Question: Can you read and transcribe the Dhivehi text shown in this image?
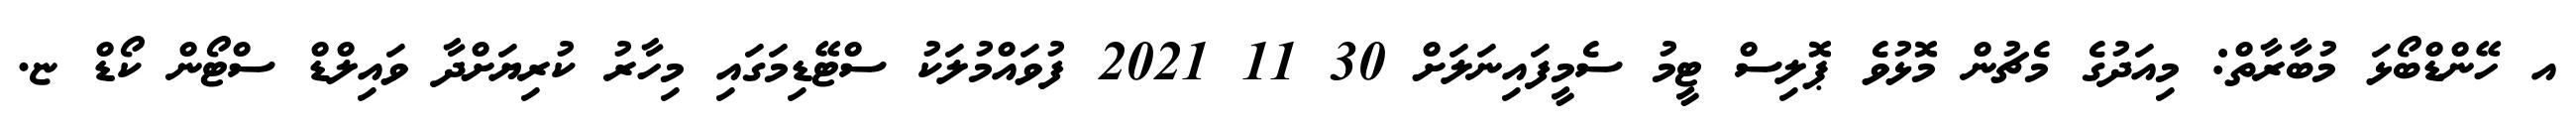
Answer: އ ހޭންޑްބޯޅަ މުބާރާތް: މިއަދުގެ މެޗުން މޮޅުވެ ޕޮލިސް ޓީމު ސެމީފައިނަލަށް 30 11 2021 ފުވައްމުލަކު ސްޓޭޑިމަގައި މިހާރު ކުރިޔަށްދާ ވައިލްޑް ސްޓޯން ކޯޑް ޏ.